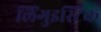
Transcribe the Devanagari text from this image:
लिंगुइस्टिक